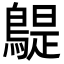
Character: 𪂿